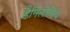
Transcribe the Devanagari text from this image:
डैनिलोविच